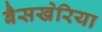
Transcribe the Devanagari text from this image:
बैसखेरिया